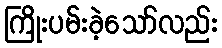
ကြိုးပမ်းခဲ့သော်လည်း